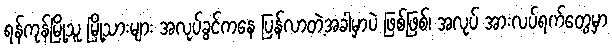
ရန်ကုန်မြို့သူ မြို့သားများ အလုပ်ခွင်ကနေ ပြန်လာတဲ့အခါမှာပဲ ဖြစ်ဖြစ်၊ အလုပ် အားလပ်ရက်တွေမှာ